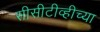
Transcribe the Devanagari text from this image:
सीसीटीव्हीच्या